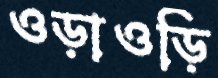
ওড়াওড়ি